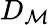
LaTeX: D_{\mathcal{M}}